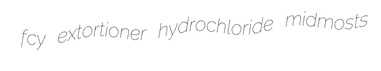
fcy extortioner hydrochloride midmosts